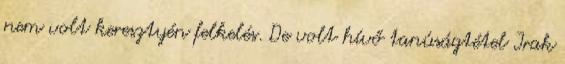
nem volt keresztyén felkelés. De volt hívő tanúságtétel Irak